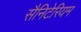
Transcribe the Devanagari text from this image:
सैनिटेरियम